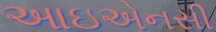
આઇએનસી